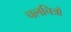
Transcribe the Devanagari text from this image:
चलचित्रो